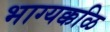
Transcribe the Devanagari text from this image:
भाग्यक्कळि